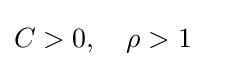
C>0,\quad \rho >1\quad